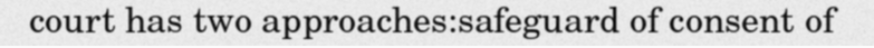
court has two approaches:safeguard of consent of